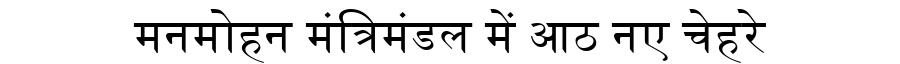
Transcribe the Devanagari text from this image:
मनमोहन मंत्रिमंडल में आठ नए चेहरे